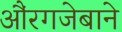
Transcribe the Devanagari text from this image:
औंरगजेबाने